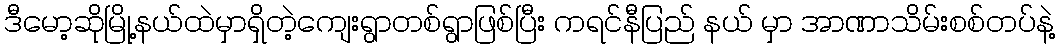
ဒီမော့ဆိုမြို့နယ်ထဲမှာရှိတဲ့ကျေးရွာတစ်ရွာဖြစ်ပြီး ကရင်နီပြည် နယ် မှာ အာဏာသိမ်းစစ်တပ်နဲ့